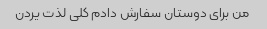
من برای دوستان سفارش دادم کلی لذت یردن